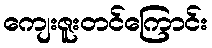
ကျေးဇူးတင်ကြောင်း